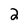
Character: 2